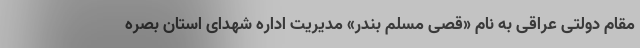
مقام دولتی عراقی به نام «قصی مسلم بندر» مدیریت اداره شهدای استان بصره